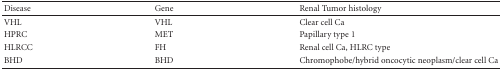
<table><thead><tr><td><b>Disease</b></td><td><b>Gene</b></td><td><b>Renal Tumor histology</b></td></tr></thead><tbody><tr><td>VHL </td><td>VHL</td><td>Clear cell Ca</td></tr><tr><td>HPRC</td><td>MET</td><td>Papillary type 1</td></tr><tr><td>HLRCC</td><td>FH</td><td>Renal cell Ca, HLRC type</td></tr><tr><td>BHD</td><td>BHD</td><td>Chromophobe/hybridoncocytic neoplasm/clear cell Ca</td></tr></tbody></table>